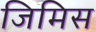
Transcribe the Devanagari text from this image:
जिमिस